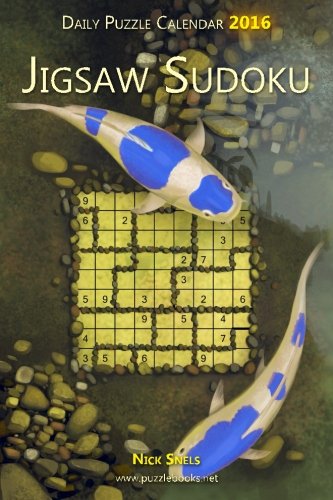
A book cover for Daily Jigsaw Sudoku Puzzle Calendar 2016 (Daily Puzzle Calendar 2016); Nick Snels; Calendars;